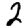
Digit: 2